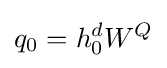
q_{0}=h_{0}^{d}W^{Q}